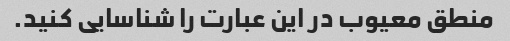
منطق معیوب در این عبارت را شناسایی کنید.